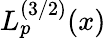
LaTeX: L_{p}^{(3/2)}(x)